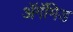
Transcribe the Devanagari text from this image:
ॲगॅमिड